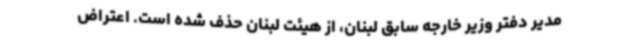
مدیر دفتر وزیر خارجه سابق لبنان، از هیئت لبنان حذف شده است. اعتراض